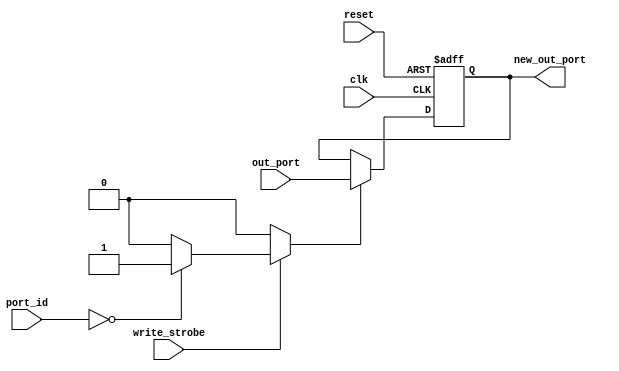
module PicoBlaze_OutReg
	#(parameter LOCAL_PORT_ID = 8'h00)
	(
	clk,
	reset,
	port_id,
	write_strobe,
	out_port,
	new_out_port);
input  wire        clk;
input  wire        reset;
input  wire    	 [7:0] port_id;
input  wire        write_strobe;
input  wire        [7:0] out_port;
output reg  		 [7:0] new_out_port;
reg RegEnable=1;
	always @ (*)
	begin
		if (write_strobe == 1)
			begin
				case (port_id)
					LOCAL_PORT_ID: RegEnable = 1;
					default: RegEnable = 0;
				endcase
			end
		else
			RegEnable=0;
	end
	always @ (posedge clk, posedge reset)
	begin
		if(reset == 1)
			new_out_port <= 8'h00;
		else
			begin
				if(RegEnable == 1)
					new_out_port <= out_port;
				else
					new_out_port <= new_out_port;
			end
	end
endmodule